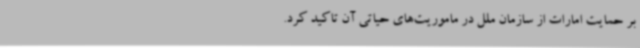
بر حمایت امارات از سازمان ملل در ماموریت‌های حیاتی آن تاکید کرد.